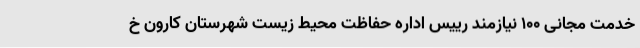
خدمت مجانی 100 نیازمند رییس اداره حفاظت محیط زیست شهرستان کارون خ